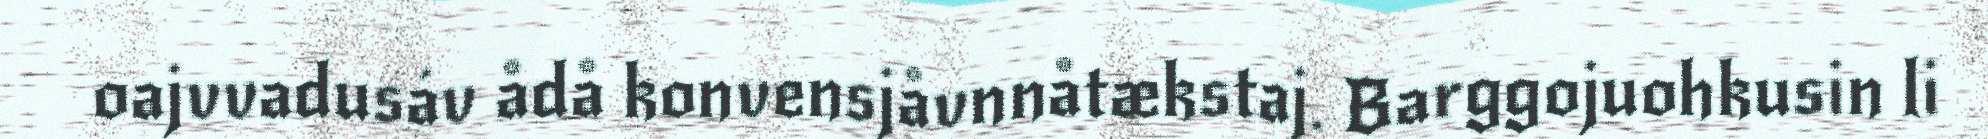
oajvvadusáv ådå konvensjåvnnåtækstaj. Barggojuohkusin li